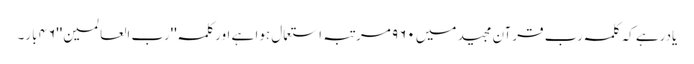
یادرہے کہ کلمہ رب قرآن مجید میں ٩٦٠ مرتبہ استعمال ہوا ہے اورکلمہ ''رب العالمین''٤٦ بار۔